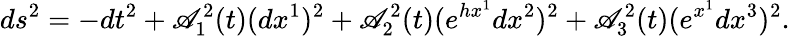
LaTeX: ds^{2}=-dt^{2}+\mathscr{A}_{1}^{2}(t)(dx^{1})^{2}+\mathscr{A}_{2}^{2}(t)(e^{hx^{1}}dx^{2})^{2}+\mathscr{A}_{3}^{2}(t)(e^{x^{1}}dx^{3})^{2}.